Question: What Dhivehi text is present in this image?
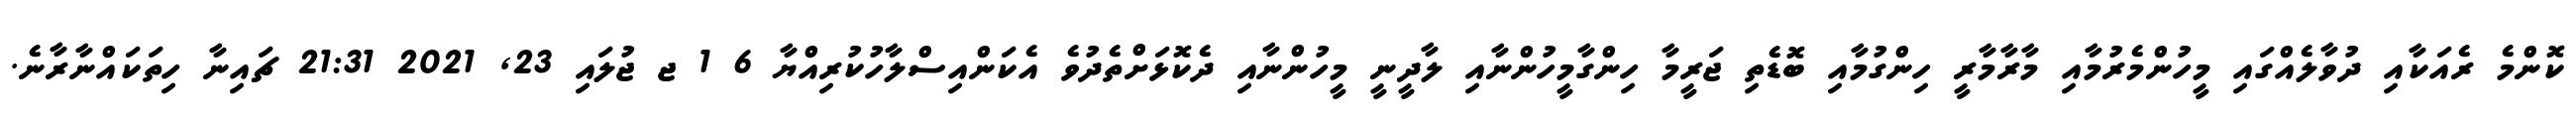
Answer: ކޮންމެ ރެއަކާއި ދުވާލެއްގައި މީހުންމެރުމާއި މާރާމާރީ ހިންގުމާއި ބޮޑެތި ޖަރީމާ ހިންގާމީހުންނާއި ލާދީނީ މީހުންނާއި ދެކޮޅަށްތެދުވެ އެކަންއިސްލާހުކުރިއްޔާ 6 1 ޖ ޖުލައި 23, 2021 21:31 ޗައިނާ ހިތަކައްނާރާނެ.